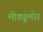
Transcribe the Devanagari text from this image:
मोड्यूलोर